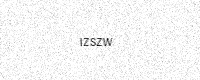
Text: IZSZW